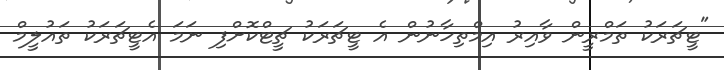
"ޓީޗަރަކު ތަމްރީން ވާއިރު އިމްތިހާނުން އެ ޓީޗަރަކު ޗީޓްކޮށްފި ނަމަ އެޓީޗަރަކު ތައުލީމް